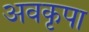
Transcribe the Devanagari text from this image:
अवकृपा